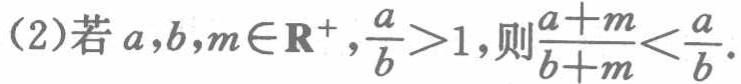
(2)若\(a,b,m\in\mathbf{R}^{+},\frac{a}{b}>1\),则\(\frac{a + m}{b + m}<\frac{a}{b}\).